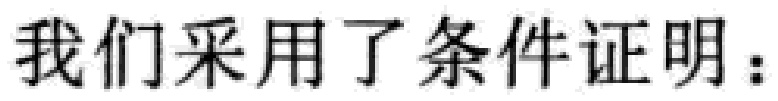
我们采用了条件证明：